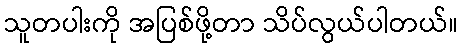
သူတပါးကို အပြစ်ဖို့တာ သိပ်လွယ်ပါတယ်။